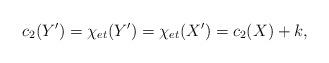
LaTeX: \begin{align*}c_2(Y^{\prime})=\chi_{et}(Y^{\prime})=\chi_{et}(X^{\prime})=c_2(X)+k,\end{align*}